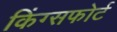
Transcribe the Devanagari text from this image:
किंग्सफोर्ट